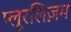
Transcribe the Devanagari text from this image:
प्लूरलिज़म